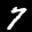
Label: 7